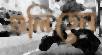
গুলিতেন